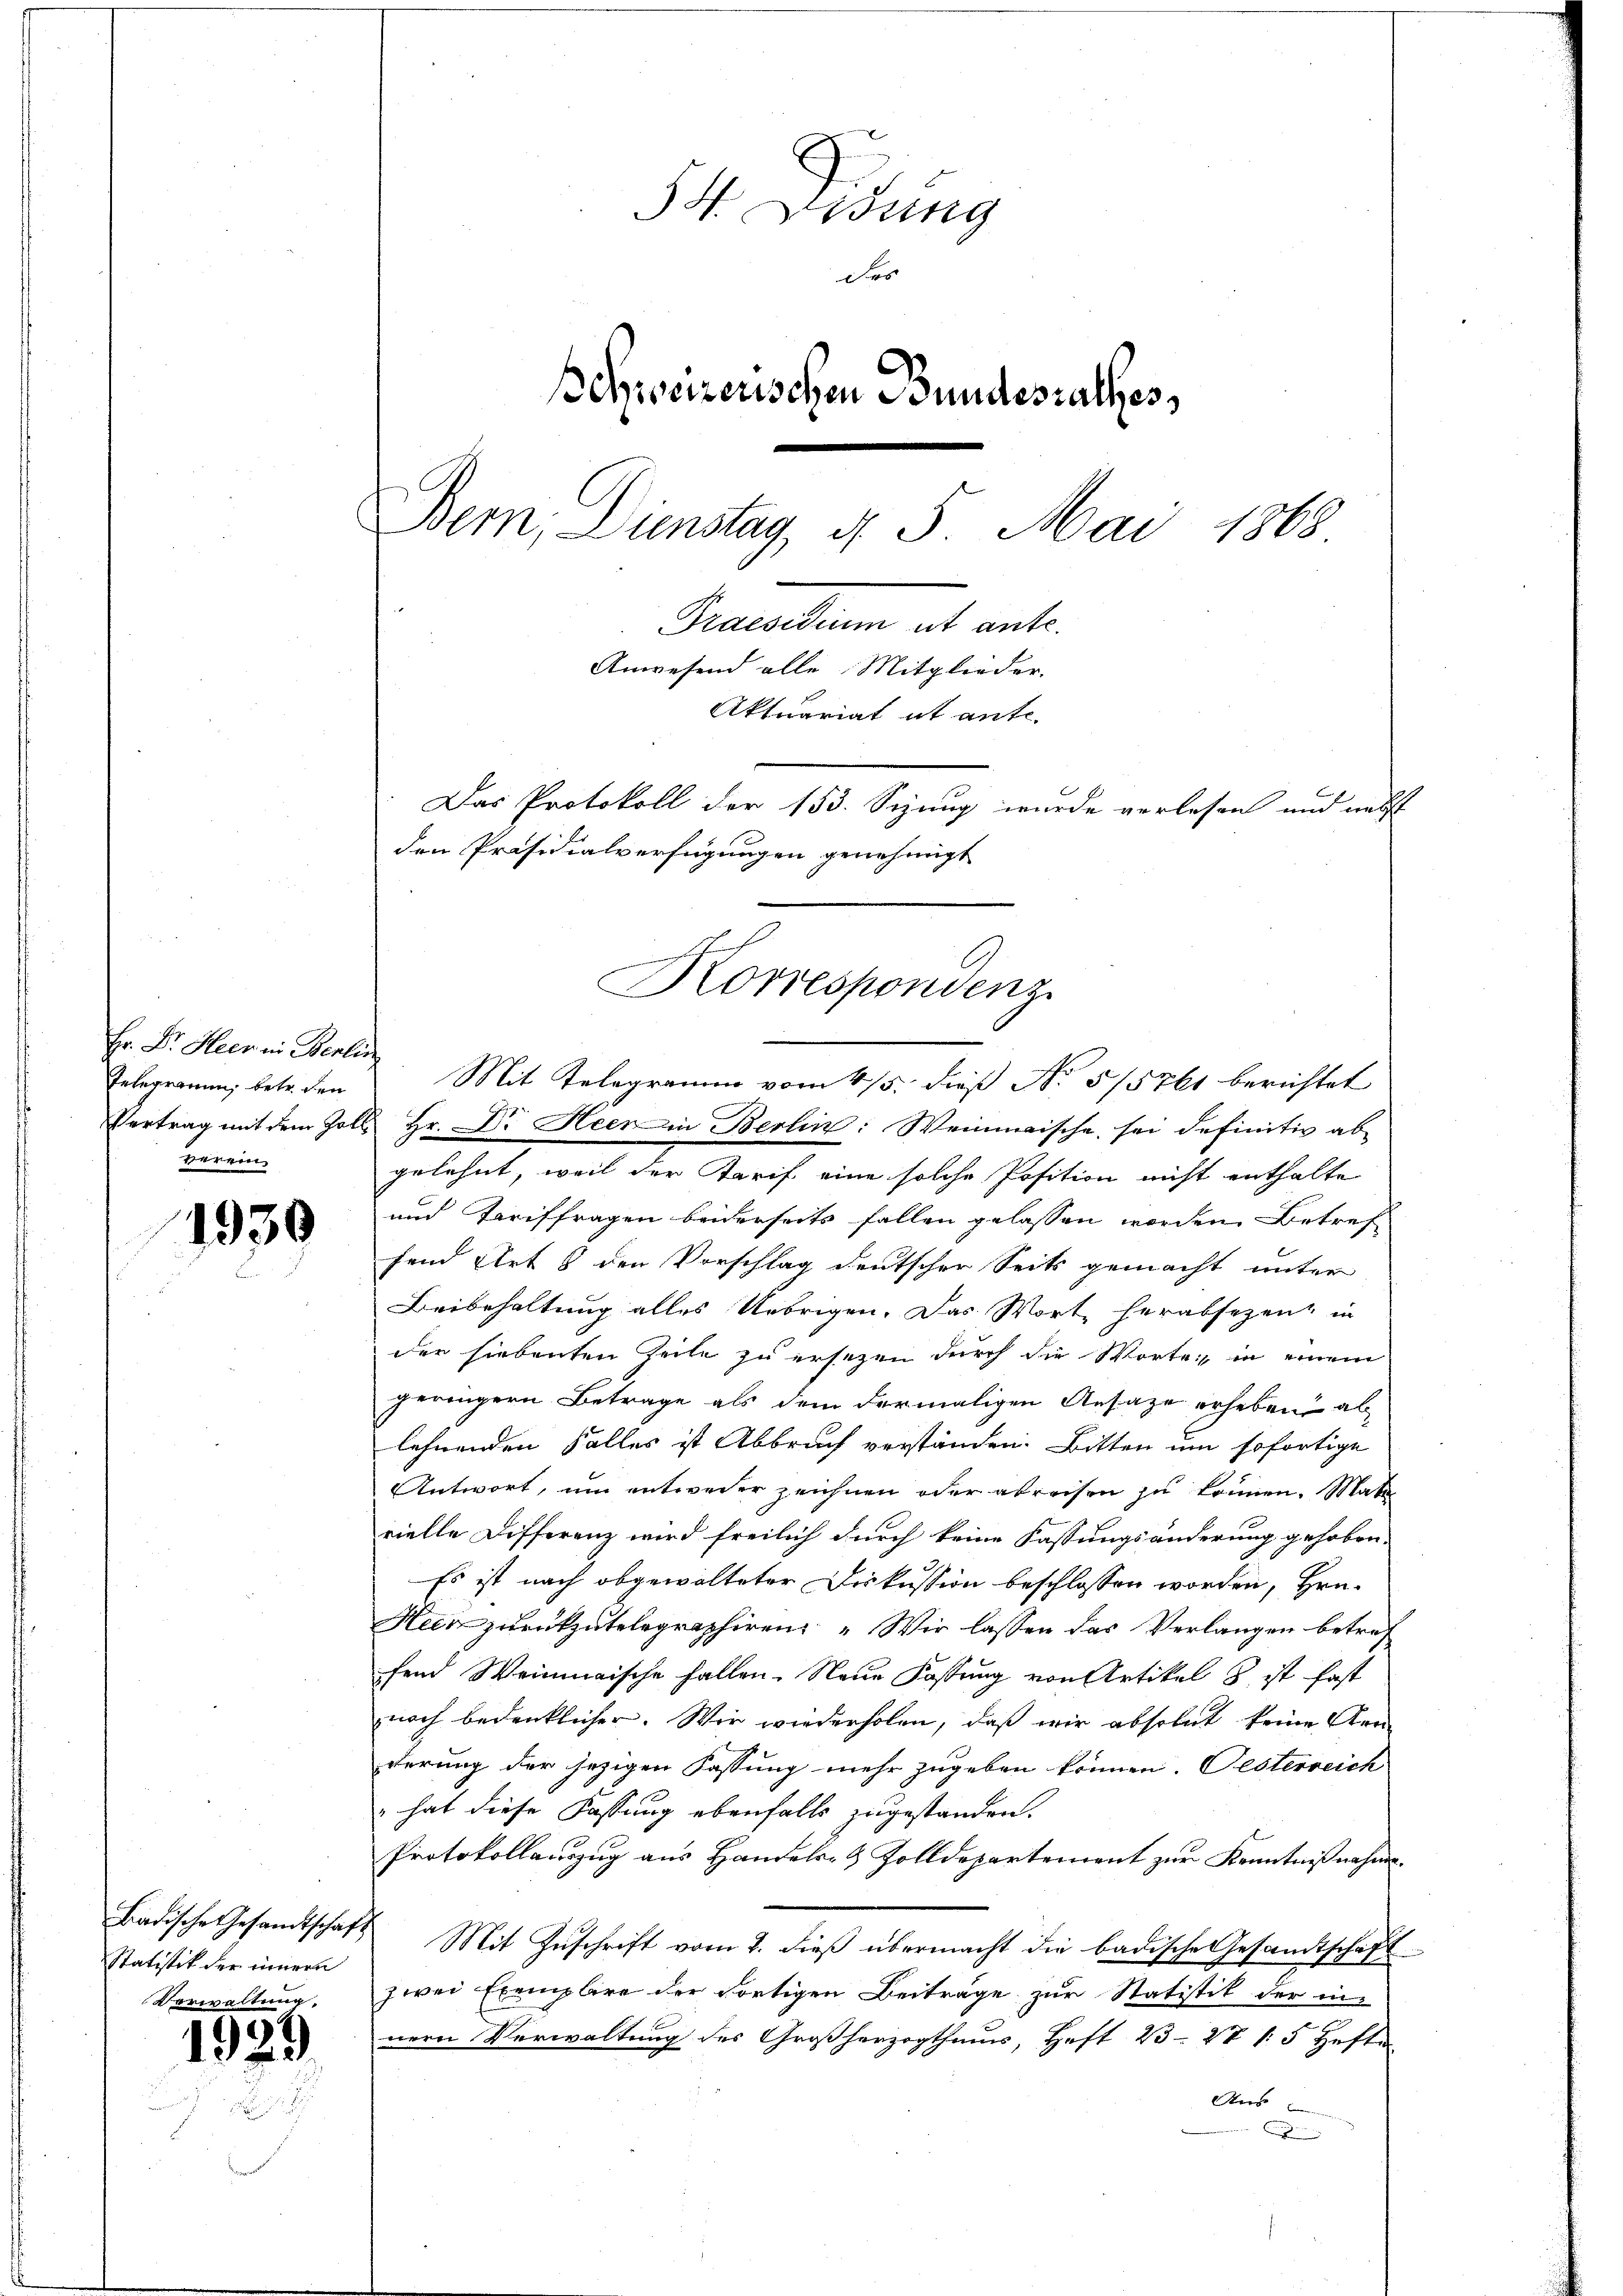
Hr. Dr. Heer in Berlin
Telegramm, betr. den
verein

1930

Statistik der innern
Verwaltung.

1929

54. Didung
Fes
Behweizerischen Bundesrathes,
Bem. Dienstag, 4. 5. Mai 1868.
Dimentum alt ent
Anwesend alle Mitglieder.
Aktuariat it ante-
Das Protokoll der 153. Sizung wurde vorlesen und nebst
den Präsidialverfügungen genehmigt

Korrespondenz
Mit Telegramm vom 4/5. dieß No 5/5761 berichtet

Vertrag mit dem Zolle Hr. Dr. Heer in Berlin: Weinmische, sei definitiv ab
gelehnt, weil der Tarif eine solche Position nicht enthalte
und Tariffragen beiderseits fallen gelassen worden Betref
fend Art 8 den Vorschlag deutscher Seits gemacht unter
Beibehaltung alles Uebrigen. Das Wort herabsezent in
der siebenten Zeite zu ersetzen durch die Wortei, in einem
geringern Betrage als dem dermaligen Ansatze erheben al
lehnenden Falles ist Abbruch verständen. Bitten um sofortige
Antwort, um entweder zeichnen oder abreisen zu können. Mat
rielle Differenz wird freilich durch keine Fassungsänderung gehoben.
Es ist nach abgewalteter Diskussion beschlossen worden, Hrn.
Hun zurückzutelegraphiren „Wir lassen das Verlangen betrefend Weinmaische fallen. Neue Fassung von Artikel 8 ist fast
znach bedenklicher. Wir wiederholen, daß wir absolut keine Arr
derung der jezigen Fassung mehr zugeben können. Oesterreich
" hat diese Fassung ebenfalls zugestanden.
Protokollauszug aus Handels- & Zolldepartement zur Kenntnißnahme
Badische Gesandtschaft Mit Zŭschrift vom 2. dieβ übermacht die badische Gesandtschaft
zwei Exemplare der Fortigen Beiträge zur Statistik der in
nern Verwaltung des Großherzogthums, Heft 23-27 /: 5 Hefte
Wird
C